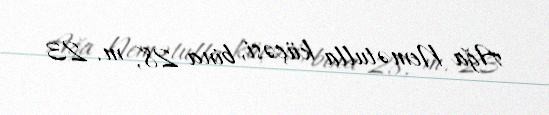
Ağa Nemətulla küçəsi, bina 28, m. 23